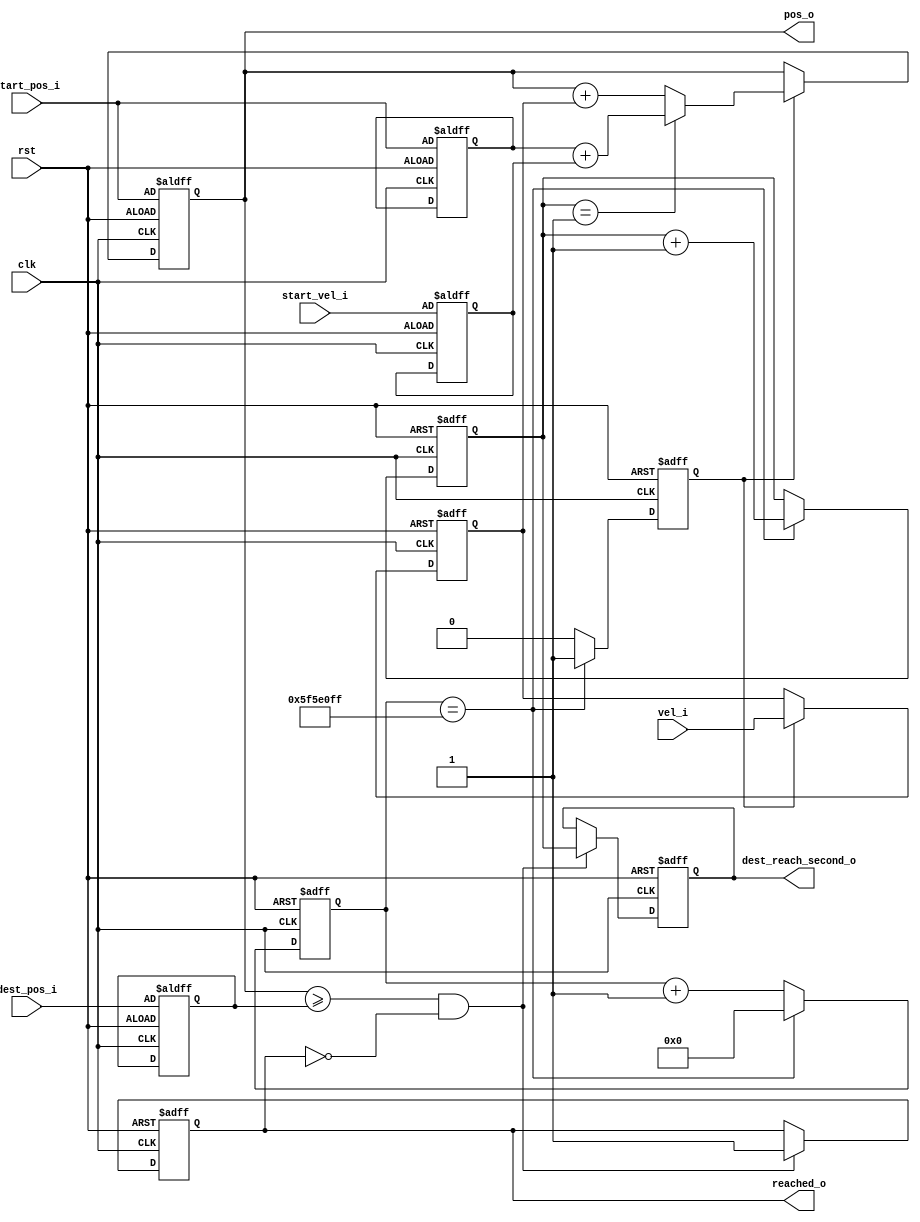
`timescale 1ns / 1ps
//////////////////////////////////////////////////////////////////////////////////
// Company: 
// Engineer: 
// 
// Design Name: 
// Module Name: soru2
// Project Name: 
// Target Devices: 
// Tool Versions: 
// Description: 
// 
// Dependencies: 
// 
// Revision:
// Revision 0.01 - File Created
// Additional Comments:
// 
//////////////////////////////////////////////////////////////////////////////////


module soru2 #(parameter c_clkfreq = 100000000) 
(
input clk, 
input rst, 
input [9:0] start_pos_i,
input [9:0] dest_pos_i, 
input [7:0] start_vel_i, 
input [7:0] vel_i,
output reg reached_o, 
output reg [9:0] pos_o,
output reg [15:0] dest_reach_second_o
);

reg [$clog2(c_clkfreq)-1:0] timer_clk;
reg [15:0] timer_second;
reg timertick;

reg [9:0] start_pos;
reg [9:0] dest_pos;
reg [7:0] start_vel; 
reg [7:0] vel;

always@(posedge clk, posedge rst) begin
    if (rst) begin
        timertick       <= 0;
        timer_second    <= 0;
        timer_clk       <= 0;
    end
    else begin
        if (timer_clk == c_clkfreq-1) begin
            timertick       <= 1'b1;
            timer_clk       <= 0;
            timer_second    <= timer_second + 1;
        end
        else begin
            timertick       <= 1'b0;
            timer_clk       <= timer_clk + 1;
        end
    end
end

always@(posedge clk, posedge rst) begin
    if (rst) begin
        start_pos           <= start_pos_i;
        dest_pos            <= dest_pos_i;
        start_vel           <= start_vel_i;
        reached_o           <= 1'b0;
        pos_o               <= start_pos_i;
        dest_reach_second_o <= 0;
        vel                 <= 0;
    end
    else begin
        if (timertick == 1'b1) begin
            vel <= vel_i;
            if (timer_second == 1) begin
                pos_o   <= start_pos + start_vel;
            end
            else begin
                pos_o   <= pos_o + vel;
            end
        end
        if ((pos_o >= dest_pos) && (reached_o == 1'b0)) begin
            reached_o           <= 1'b1;
            dest_reach_second_o <= timer_second;
        end
    end
end

endmodule